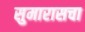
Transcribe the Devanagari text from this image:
सुमारासचा